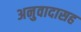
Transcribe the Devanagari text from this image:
अनुवादासह